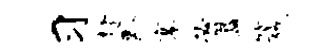
习趁黔搴必簋箴